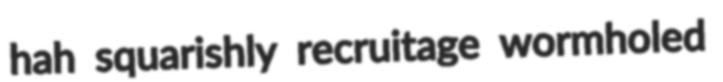
hah squarishly recruitage wormholed